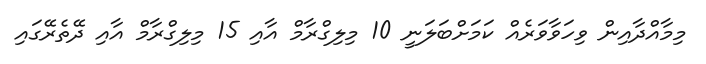
މިމާއްދާއިން ވިހަވާވަރެއް ކަމަށްބަލަނީ 10 މިލިގްރާމް އާއި 15 މިލިގްރާމް އާއި ދޭތެރޭގައި